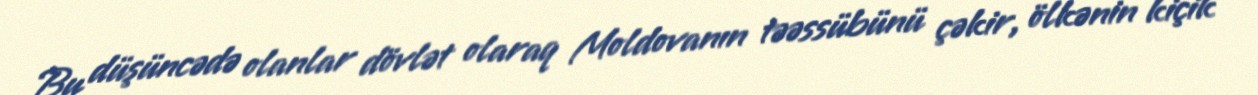
Bu düşüncədə olanlar dövlət olaraq Moldovanın təəssübünü çəkir, ölkənin kiçik